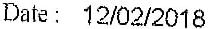
DATE : 12/02/2018